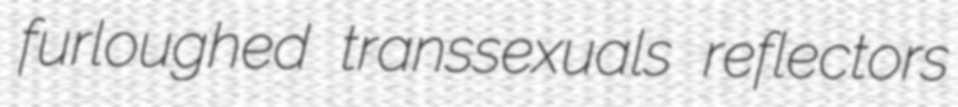
furloughed transsexuals reflectors